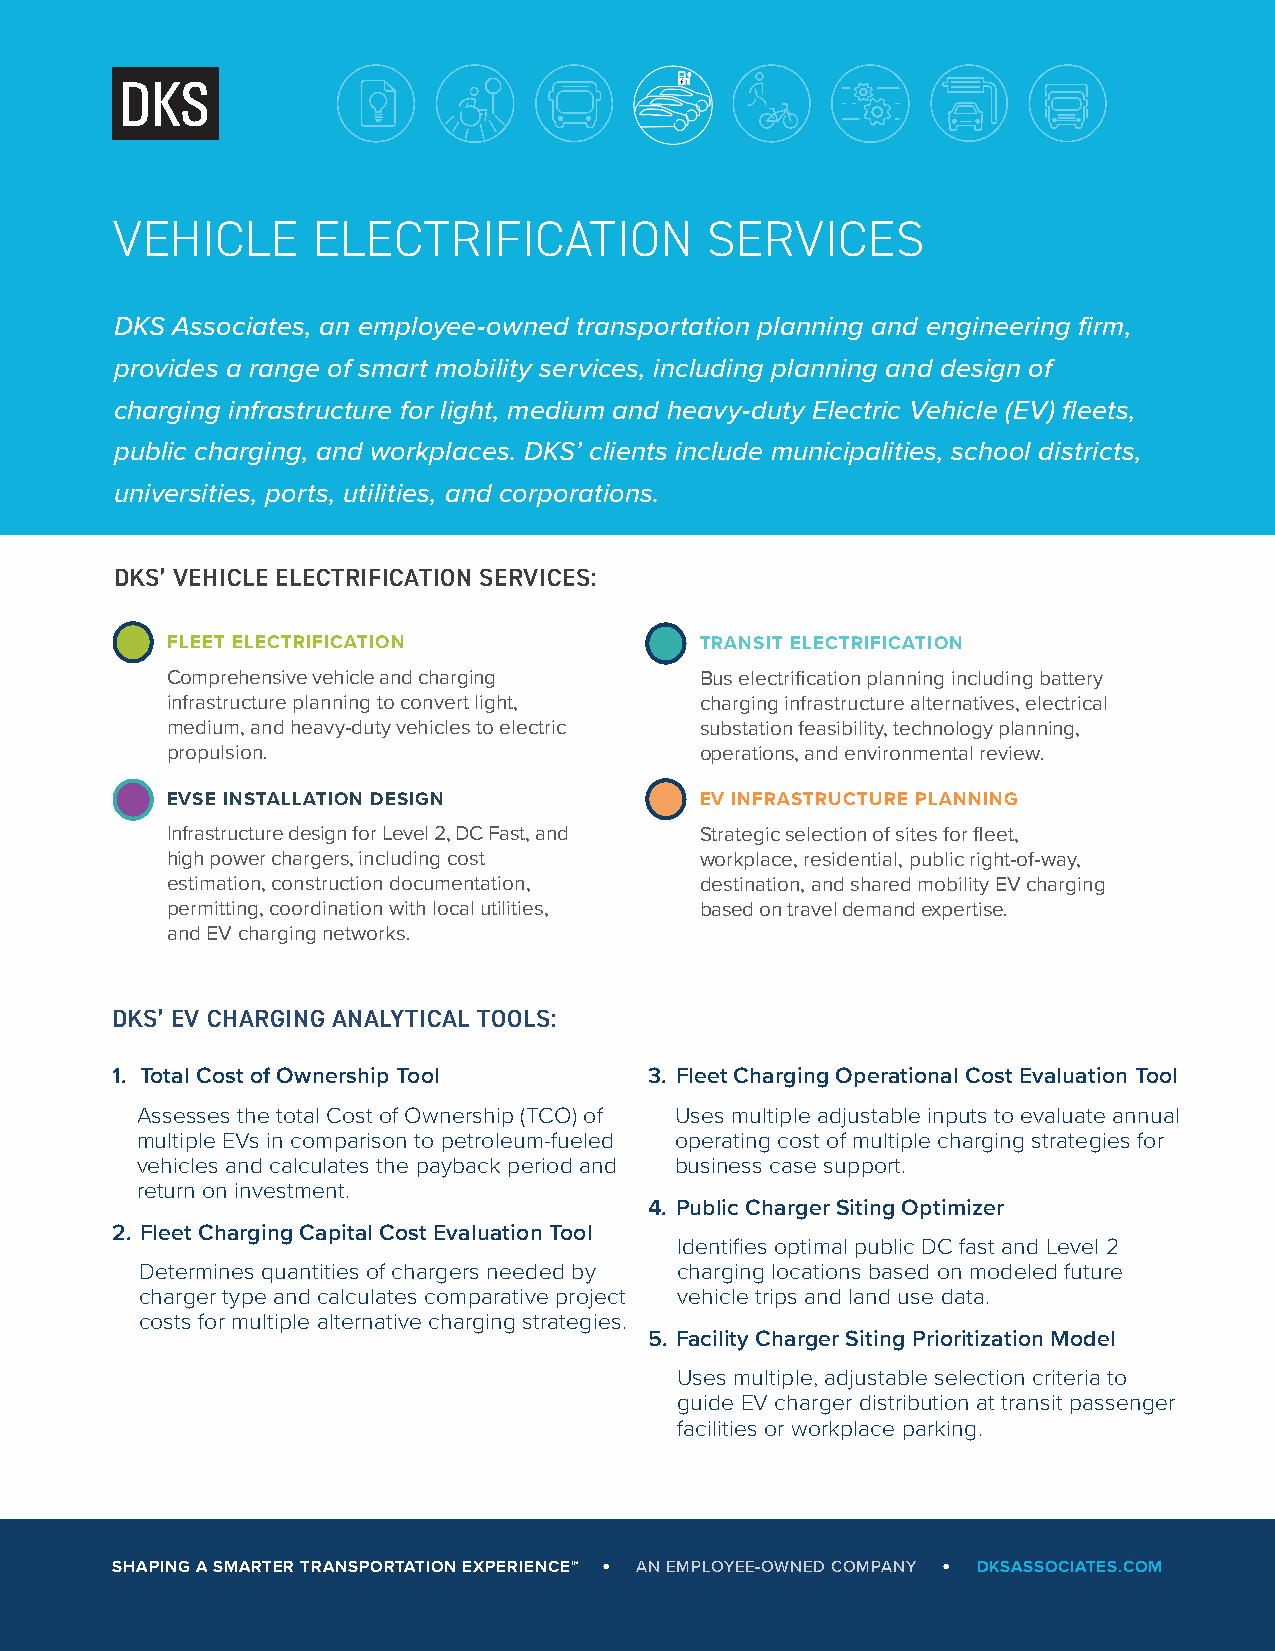
VEHICLE       ELECTRIFICATION           SERVICES
 DKS Associates, an employee-owned transportation planning and engineering firm,
 provides a range of smart mobility services, including planning and design of
 charging infrastructure for light, medium and heavy-duty Electric Vehicle (EV) fleets,
 public charging, and workplaces. DKS’ clients include municipalities, school districts,
 universities, ports, utilities, and corporations.
 DKS’ VEHICLE ELECTRIFICATION SERVICES:
 FLEET ELECTRIFICATION              TRANSIT ELECTRIFICATION
 Comprehensive vehicle and charging Bus electrification planning including battery
 infrastructure planning to convert light, charging infrastructure alternatives, electrical
 medium, and heavy-duty vehicles to electric substation feasibility, technology planning,
 propulsion.                        operations, and environmental review.
 EVSE INSTALLATION DESIGN           EV INFRASTRUCTURE PLANNING
 Infrastructure design for Level 2, DC Fast, and Strategic selection of sites for fleet,
 high power chargers, including cost workplace, residential, public right-of-way,
 estimation, construction documentation, destination, and shared mobility EV charging
 permitting, coordination with local utilities, based on travel demand expertise.
 and EV charging networks.
 DKS’ EV CHARGING ANALYTICAL TOOLS:
 1. Total Cost of Ownership Tool     3. Fleet Charging Operational Cost Evaluation Tool
 Assesses the total Cost of Ownership (TCO) of Uses multiple adjustable inputs to evaluate annual
 multiple EVs in comparison to petroleum-fueled operating cost of multiple charging strategies for
 vehicles and calculates the payback period and business case support.
 return on investment.
 4. Public Charger Siting Optimizer
 2. Fleet Charging Capital Cost Evaluation Tool
 Identifies optimal public DC fast and Level 2
 Determines quantities of chargers needed by charging locations based on modeled future
 charger type and calculates comparative project vehicle trips and land use data.
 costs for multiple alternative charging strategies.
 5. Facility Charger Siting Prioritization Model
 Uses multiple, adjustable selection criteria to
 guide EV charger distribution at transit passenger
 facilities or workplace parking.
 SHAPING A SMARTER TRANSPORTATION EXPERIENCE™ • AN EMPLOYEE-OWNED COMPANY • DKSASSOCIATES.COM